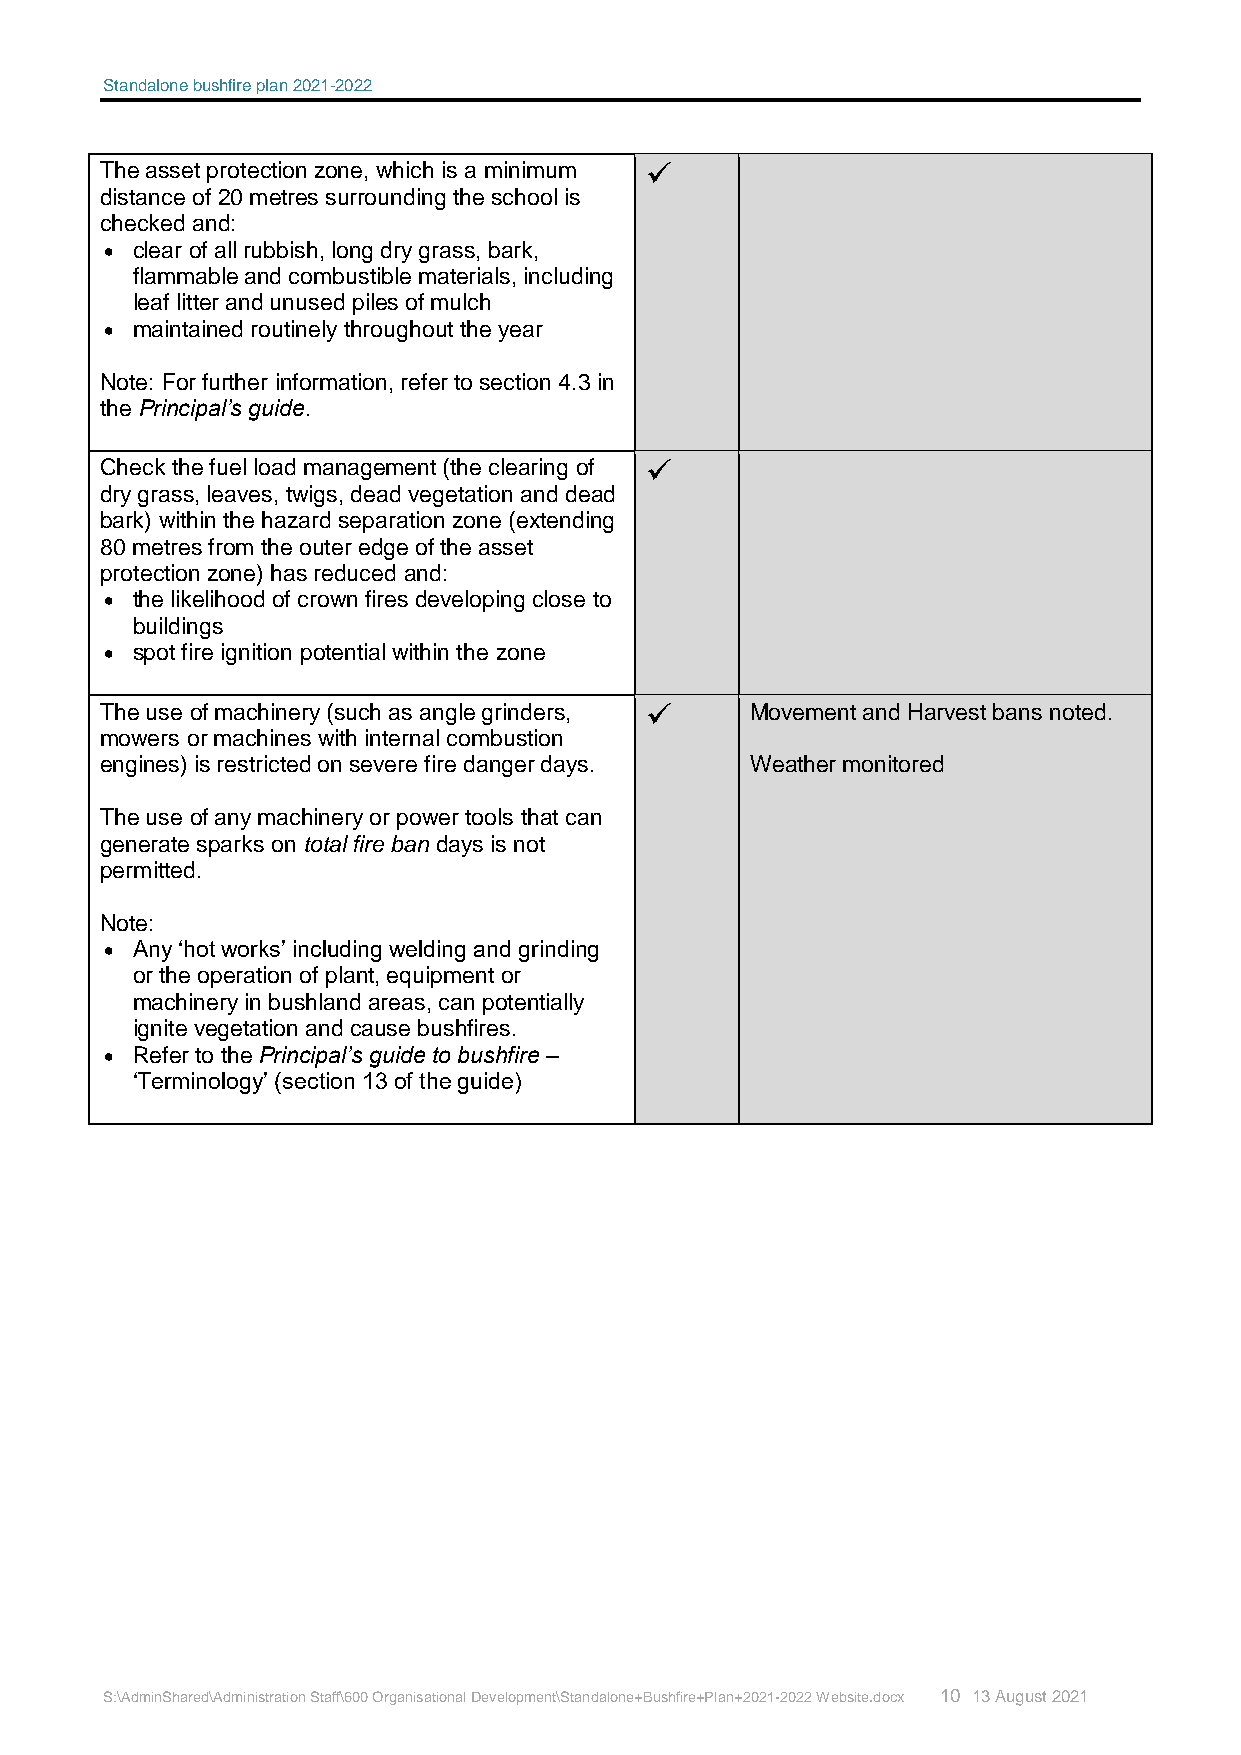
Standalone bushfire plan 2021-2022
 The asset protection zone, which is a minimum 
 distance of 20 metres surrounding the school is
 checked and:
  clear of all rubbish, long dry grass, bark,
 flammable and combustible materials, including
 leaf litter and unused piles of mulch
  maintained routinely throughout the year
 Note: For further information, refer to section 4.3 in
 the Principal’s guide.
 Check the fuel load management (the clearing of 
 dry grass, leaves, twigs, dead vegetation and dead
 bark) within the hazard separation zone (extending
 80 metres from the outer edge of the asset
 protection zone) has reduced and:
  the likelihood of crown fires developing close to
 buildings
  spot fire ignition potential within the zone
 The use of machinery (such as angle grinders,  Movement and Harvest bans noted.
 mowers or machines with internal combustion
 engines) is restricted on severe fire danger days. Weather monitored
 The use of any machinery or power tools that can
 generate sparks on total fire ban days is not
 permitted.
 Note:
  Any ‘hot works’ including welding and grinding
 or the operation of plant, equipment or
 machinery in bushland areas, can potentially
 ignite vegetation and cause bushfires.
  Refer to the Principal’s guide to bushfire –
 ‘Terminology’ (section 13 of the guide)
 S:\AdminShared\Administration Staff\600 Organisational Development\Standalone+Bushfire+Plan+2021-2022 Website.docx 10 13 August 2021